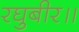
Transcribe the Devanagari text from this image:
रघुबीर॥